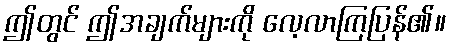
ဤတွင် ဤအချက်များကို လေ့လာကြပြန်၏။